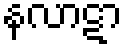
နလာဋာ